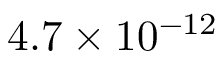
4 . 7 \times 1 0 ^ { - 1 2 }